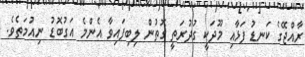
ރާއްޖޭގެ ކަނޑު ފަޅާއި މޫދަކީ ގުދުރަތީ ގޮތުން ލިބިފައިވާ އެންމެ އަގުބޮޑު ނިއުމަތެވެ.